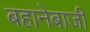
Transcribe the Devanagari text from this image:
बहानेबाजी